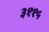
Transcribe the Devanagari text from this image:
३११५